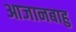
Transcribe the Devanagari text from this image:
आजानबाहु